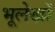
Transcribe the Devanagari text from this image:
भूलेखों